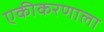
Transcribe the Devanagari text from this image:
एकीकरणाला